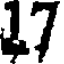
17